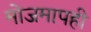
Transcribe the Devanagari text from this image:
मोजमापही